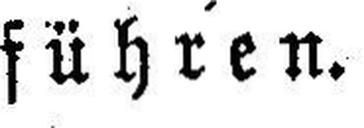
führen.